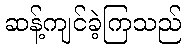
ဆန့်ကျင်ခဲ့ကြသည်